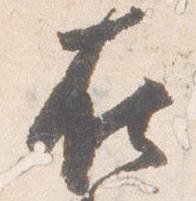
在